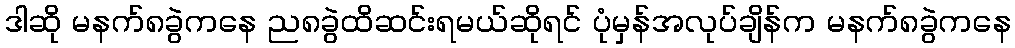
ဒါဆို မနက်၈ခွဲကနေ ည၈ခွဲထိဆင်းရမယ်ဆိုရင် ပုံမှန်အလုပ်ချိန်က မနက်၈ခွဲကနေ